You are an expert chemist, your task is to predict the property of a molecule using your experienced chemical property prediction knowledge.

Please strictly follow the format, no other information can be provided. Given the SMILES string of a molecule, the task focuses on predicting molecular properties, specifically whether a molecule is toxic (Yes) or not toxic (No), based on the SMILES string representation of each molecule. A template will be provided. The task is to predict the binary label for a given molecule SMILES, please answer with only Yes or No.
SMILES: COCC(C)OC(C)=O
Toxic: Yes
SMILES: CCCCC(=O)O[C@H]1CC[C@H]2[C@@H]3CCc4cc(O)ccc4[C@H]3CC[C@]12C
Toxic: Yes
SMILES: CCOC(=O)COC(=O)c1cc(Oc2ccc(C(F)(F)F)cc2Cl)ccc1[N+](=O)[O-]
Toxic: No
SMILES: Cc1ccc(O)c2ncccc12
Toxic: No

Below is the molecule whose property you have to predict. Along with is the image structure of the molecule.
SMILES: Nc1cc2c3c(c1)C(c1ccccc1)=N[C@@H](NC(=O)c1cccnc1)C(=O)N3CC2
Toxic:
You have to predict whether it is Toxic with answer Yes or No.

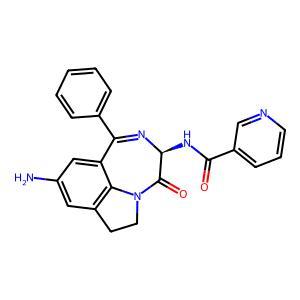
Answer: No